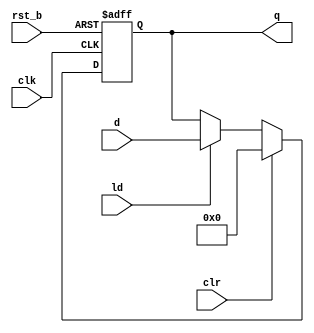
module rgst #(
	parameter w = 8,	//register's width
	parameter iv = 'b0	//initialization vector
)(
	input clk, 
	input rst_b,	//asynchronous reset; active low
	input [w-1:0] d, 
	input ld, 
	input clr,		//synchronous reset; active high
	output reg [w-1:0] q
);

	always @ (posedge clk, negedge rst_b)
		if (!rst_b)
			q <= iv;
		else if (clr)
			q <= iv;
		else if (ld)
			q <= d;
endmodule